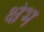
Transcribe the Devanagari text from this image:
क्षेभ